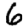
Digit: 6